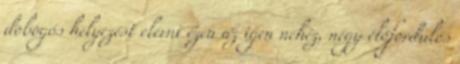
dobogós helyezést elérni ezen az igen nehéz, négy élőfordulós